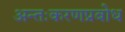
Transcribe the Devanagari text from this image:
अन्तःकरणप्रबोध